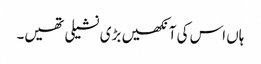
ہاں اس کی آنکھیں بڑی نشیلی تھیں۔